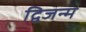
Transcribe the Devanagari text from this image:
द्विजन्‍म